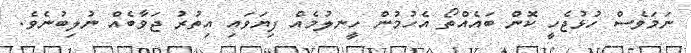
ނަމަވެސް ހުޅުޖެހީ ކޮން ބައެއްތޯ އެހުމުން ހީނލުމެއް ފިޔަވައި އިތުރު ޖަވާބެއް ނުލިބުނެވެ.